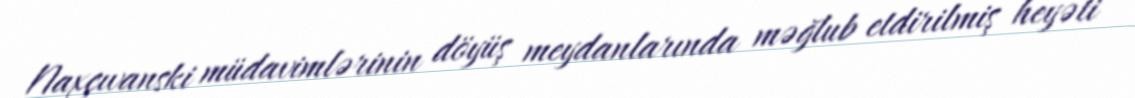
Naxçıvanski müdavimlərinin döyüş meydanlarında məğlub etdirilmiş heyəti